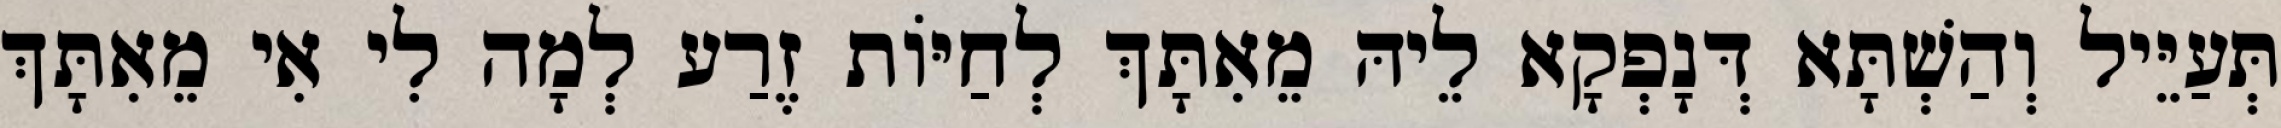
תְּעַיֵּיל וְהַשְׁתָּא דְּנָפְקָא לֵיהּ מֵאִתָּךְ לְחַיּוֹת זֶרַע לְמָה לִי אִי מֵאִתָּךְ